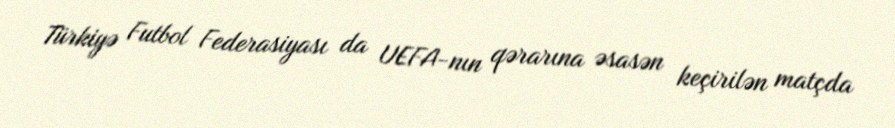
Türkiyə Futbol Federasiyası da UEFA-nın qərarına əsasən keçirilən matçda